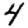
Digit: 4